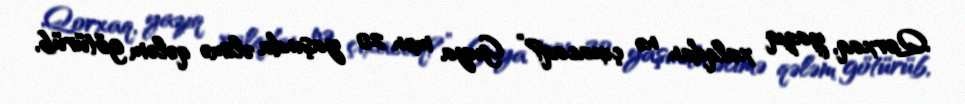
Qorxaq, yazıq xalqdan nə çıxacaq?” Guya mən 20 yaşında əlimə qələm götürüb,